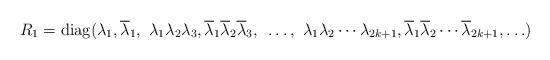
\begin{align*} R_1=\hbox{diag}(\lambda_1, \overline \lambda_1, ~ \lambda_1\lambda_2 \lambda_3, \overline \lambda_1 \overline \lambda_2 \overline \lambda_3, ~\ldots, ~ \lambda_1 \lambda_2 \cdots \lambda_{2k+1}, \overline \lambda_1 \overline \lambda_2\cdots \overline \lambda_{2k+1}, \ldots) \end{align*}